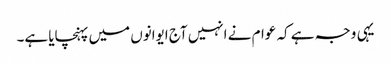
یہی وجہ ہے کہ عوام نے انہیں آج ایوانوں میں پہنچایا ہے۔